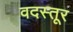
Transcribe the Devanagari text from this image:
वदस्तूर